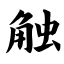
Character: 触